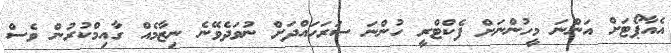
އެއާޕޯޓަށް އަންނަ މީހުންނަށް ފެކްޓްރީ ހުންނަ ސަރަހައްދަށް ނުވަދެވޭނެ ނިޒާމެއް ގާއިމްކުރުން ވެސް